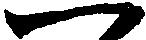
一